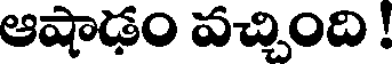
ఆషాడం వచ్చింది !